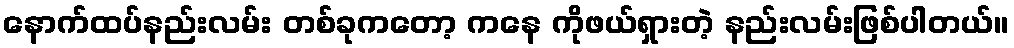
နောက်ထပ်နည်းလမ်း တစ်ခုကတော့ ကနေ ကိုဖယ်ရှားတဲ့ နည်းလမ်းဖြစ်ပါတယ်။